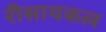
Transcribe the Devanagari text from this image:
रीसायकल